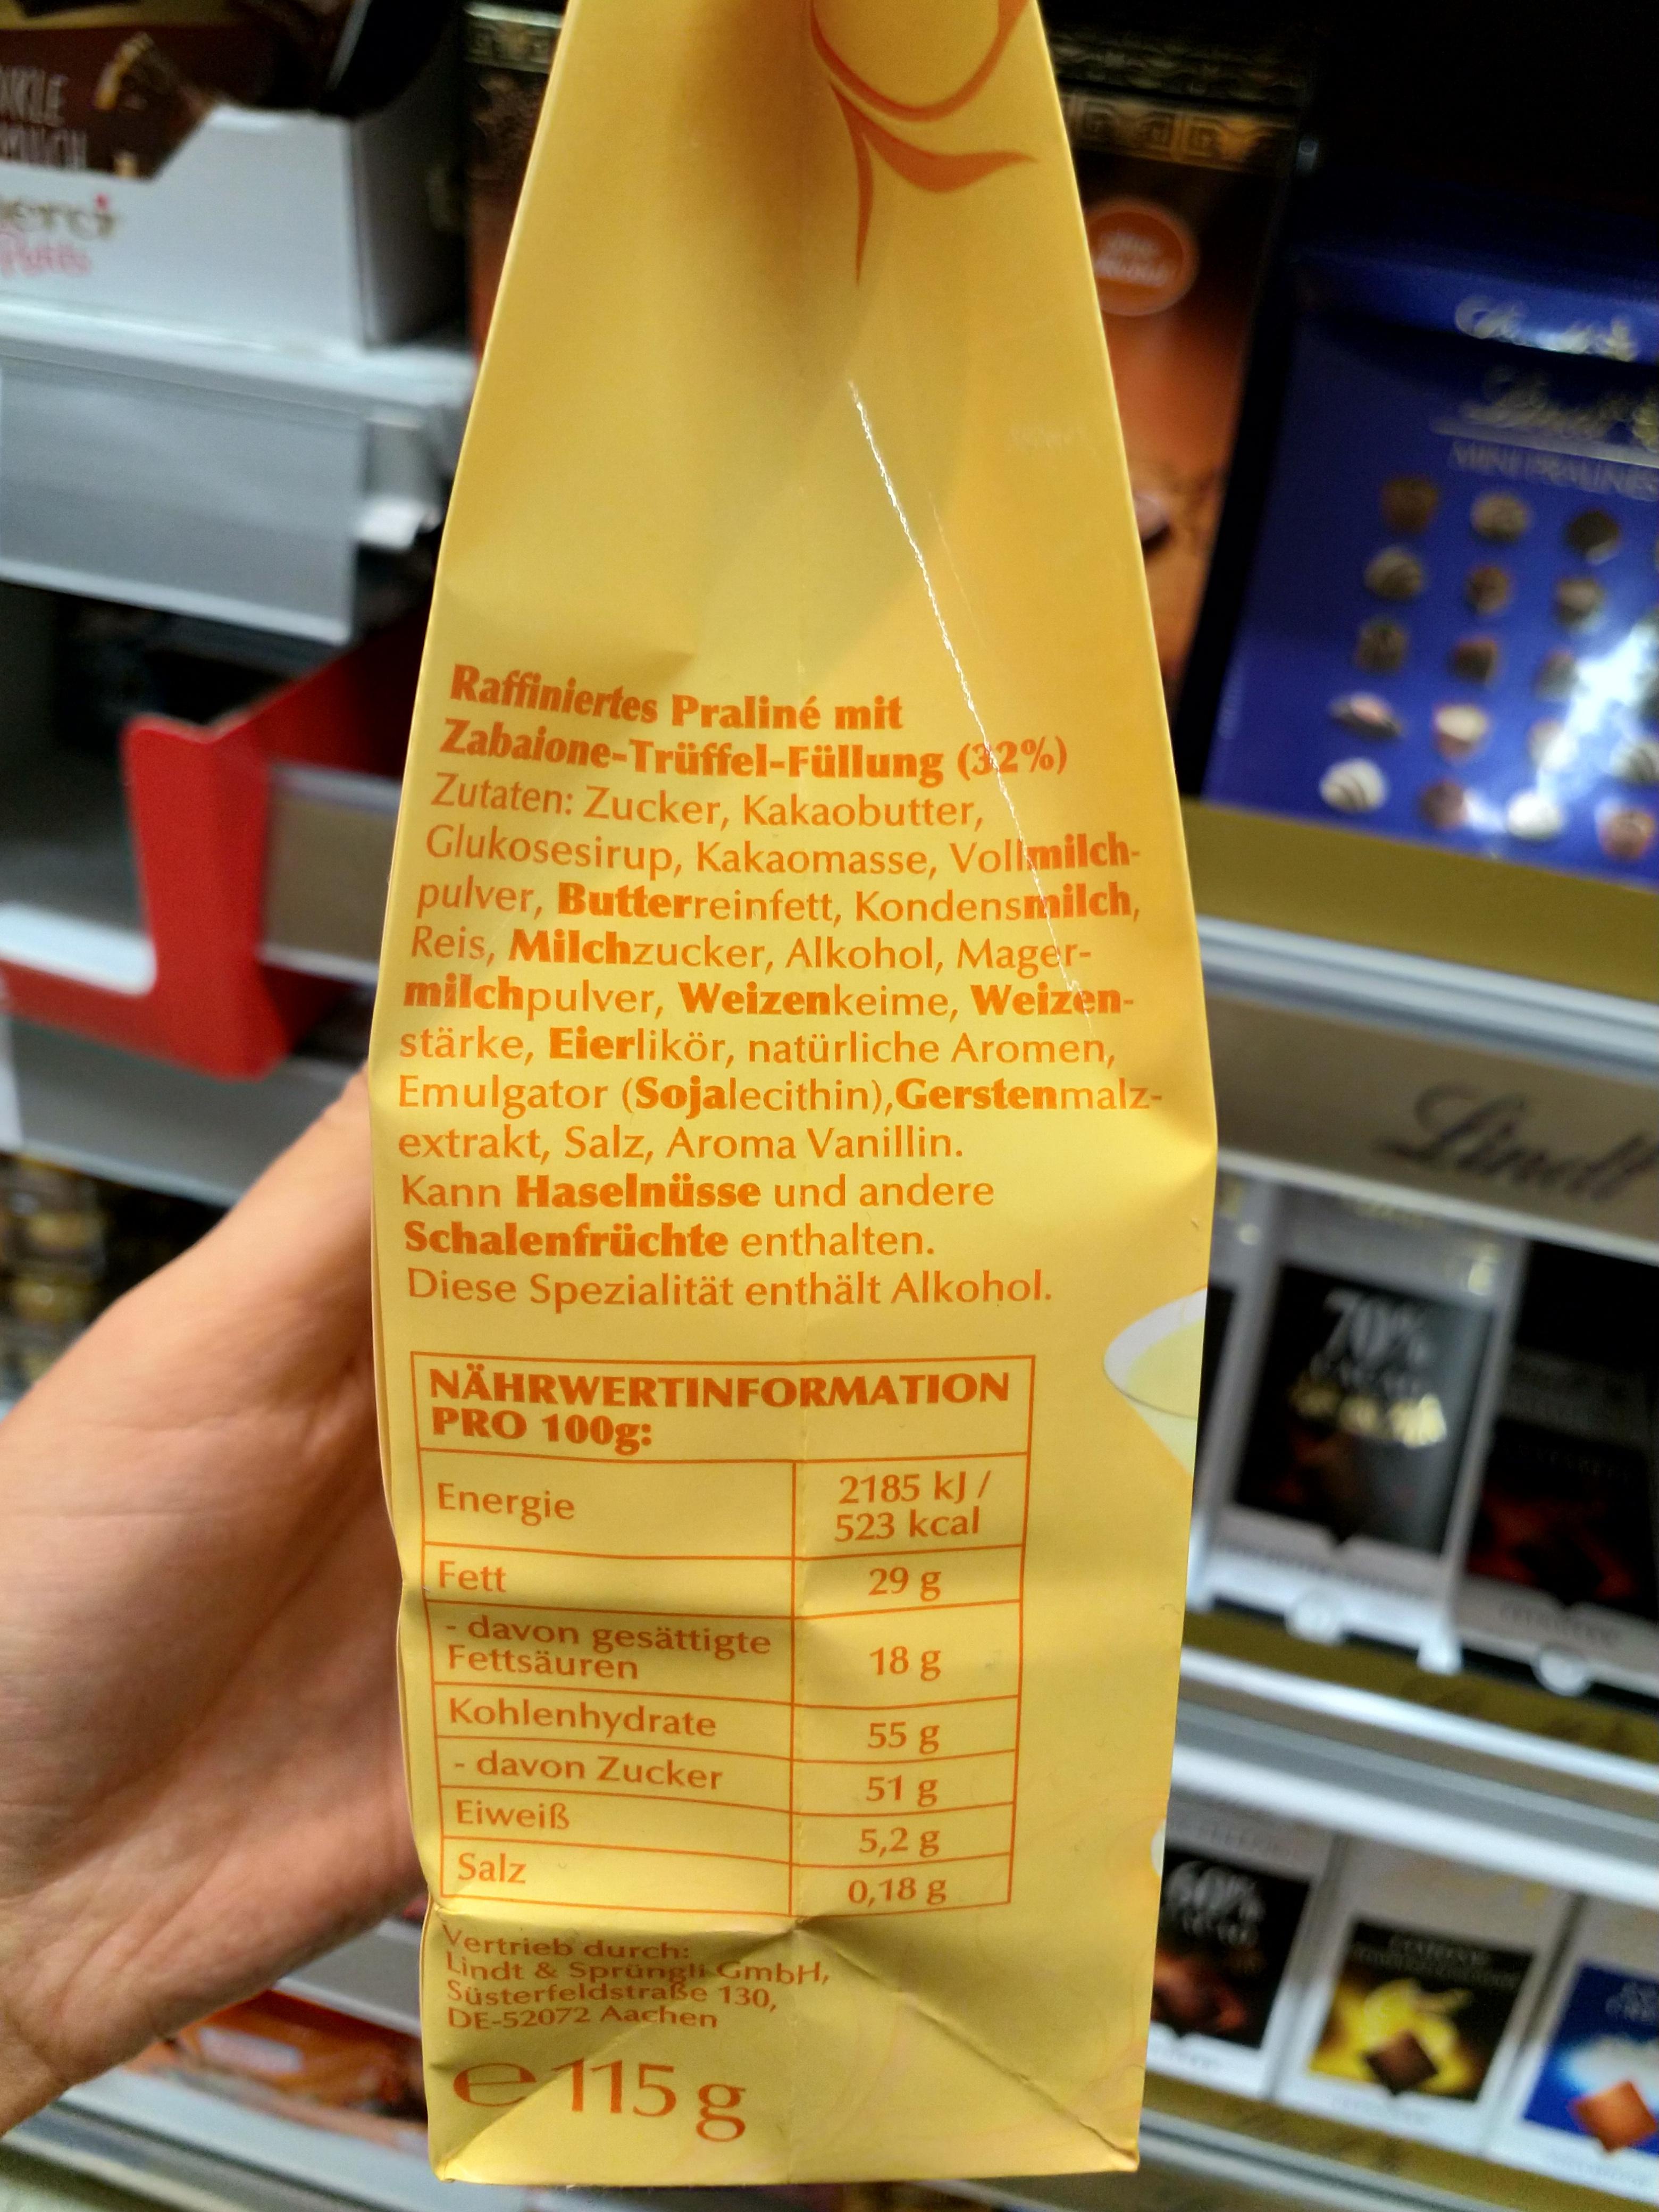
KLE erci INE Raffiniertes Praliné mit Zabaione-Trüffel-Füllung (32%) Zutaten: Zucker, Kakaobutter, Glukosesirup, Kakaomasse, Vollmilch- pulver, Butterreinfett, Kondensmilch, Reis, Milchzucker, Alkohol, Mager- milchpulver, Weizenkeime, Weizen- stärke, Eierlikör, natürliche Aromen, Emulgator (Sojalecithin),Gerstenmalz- extrakt, Salz, Aroma Vanillin. Kann Haselnüsse und andere Schalenfrüchte enthalten. Diese Spezialität enthält Alkohol. Lindl 70% NÄHRWERTINFORMATION PRO 100g: Energie 2185 kJ / 523 kcal 29 g Fett davon gesättigte Fettsäuren 5O 18 g Kohlenhydrate - davon Zucker 55g 51 g Eiweiß 5,2 g 0,18 g 60% Salz Vertrieb durch: Lindt & Sprüngli GmbH, Susterfeldstraße 130, DE-52072 Aachen e115g